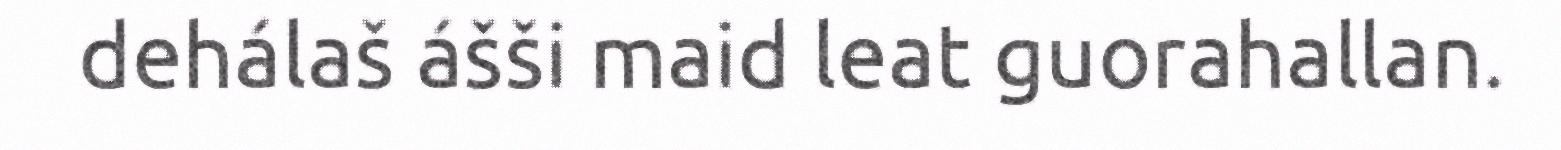
dehálaš ášši maid leat guorahallan.